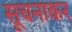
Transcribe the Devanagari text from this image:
सूचनाकर